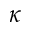
\kappa